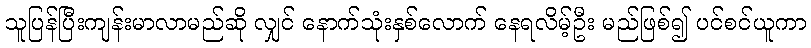
သူပြန်ပြီးကျန်းမာလာမည်ဆို လျှင် နောက်သုံးနှစ်လောက် နေရလိမ့်ဦး မည်ဖြစ်၍ ပင်စင်ယူကာ